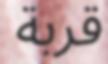
قربة